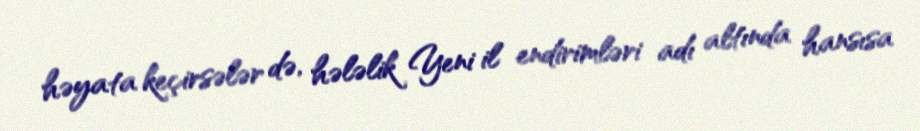
həyata keçirsələr də, hələlik Yeni il endirimləri adı altında hansısa